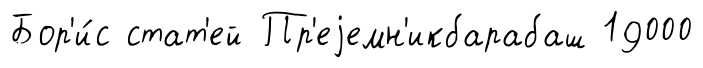
Бор'и́с стат'ей Пр'еjемн'икбарабаш 19000